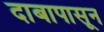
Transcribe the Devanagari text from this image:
दाबापासून